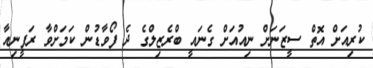
ކުރިއަށް އޮތް ސީޒަނަށް ނިއުއަށް ގެނައީ ބްރެޒިލްގެ ދެ ފޯވާޑުން ކަމަށްވާ ރަފީނިއާ